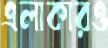
এলাকারও